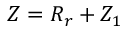
Z = R _ { r } + Z _ { 1 }